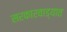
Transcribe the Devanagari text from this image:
सरकारवाड्यात